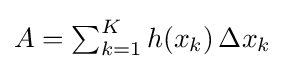
{\textstyle A=\sum _{k=1}^{K}h(x_{k})\,\Delta x_{k}}